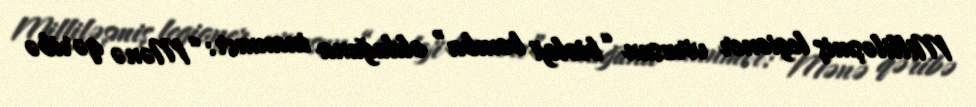
Milliləşmiş legioner virusun “bioloji bomba” olduğuna inanmır: “Mənə qəribə